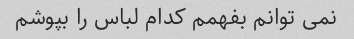
نمی توانم بفهمم کدام لباس را بپوشم